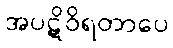
အပဋိဝိရတာပေ